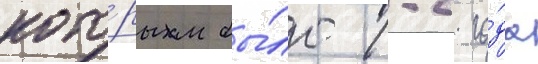
кото́рым бы́ло 1-2 го́да